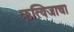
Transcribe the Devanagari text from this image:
ऋत्विजाचा